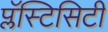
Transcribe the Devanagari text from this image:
प्लॅस्टिसिटी